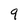
Character: 9